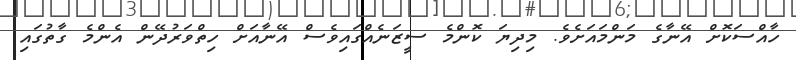
ހާއްސަކޮށް އޭނާގެ މަންމައަށެވެ. މިދިޔަ ކޮންމެ ސީޒަނެއްގައިވެސް އޭނާއަށް ހިތްވަރުދޭން އެންމެ ގާތުގައި